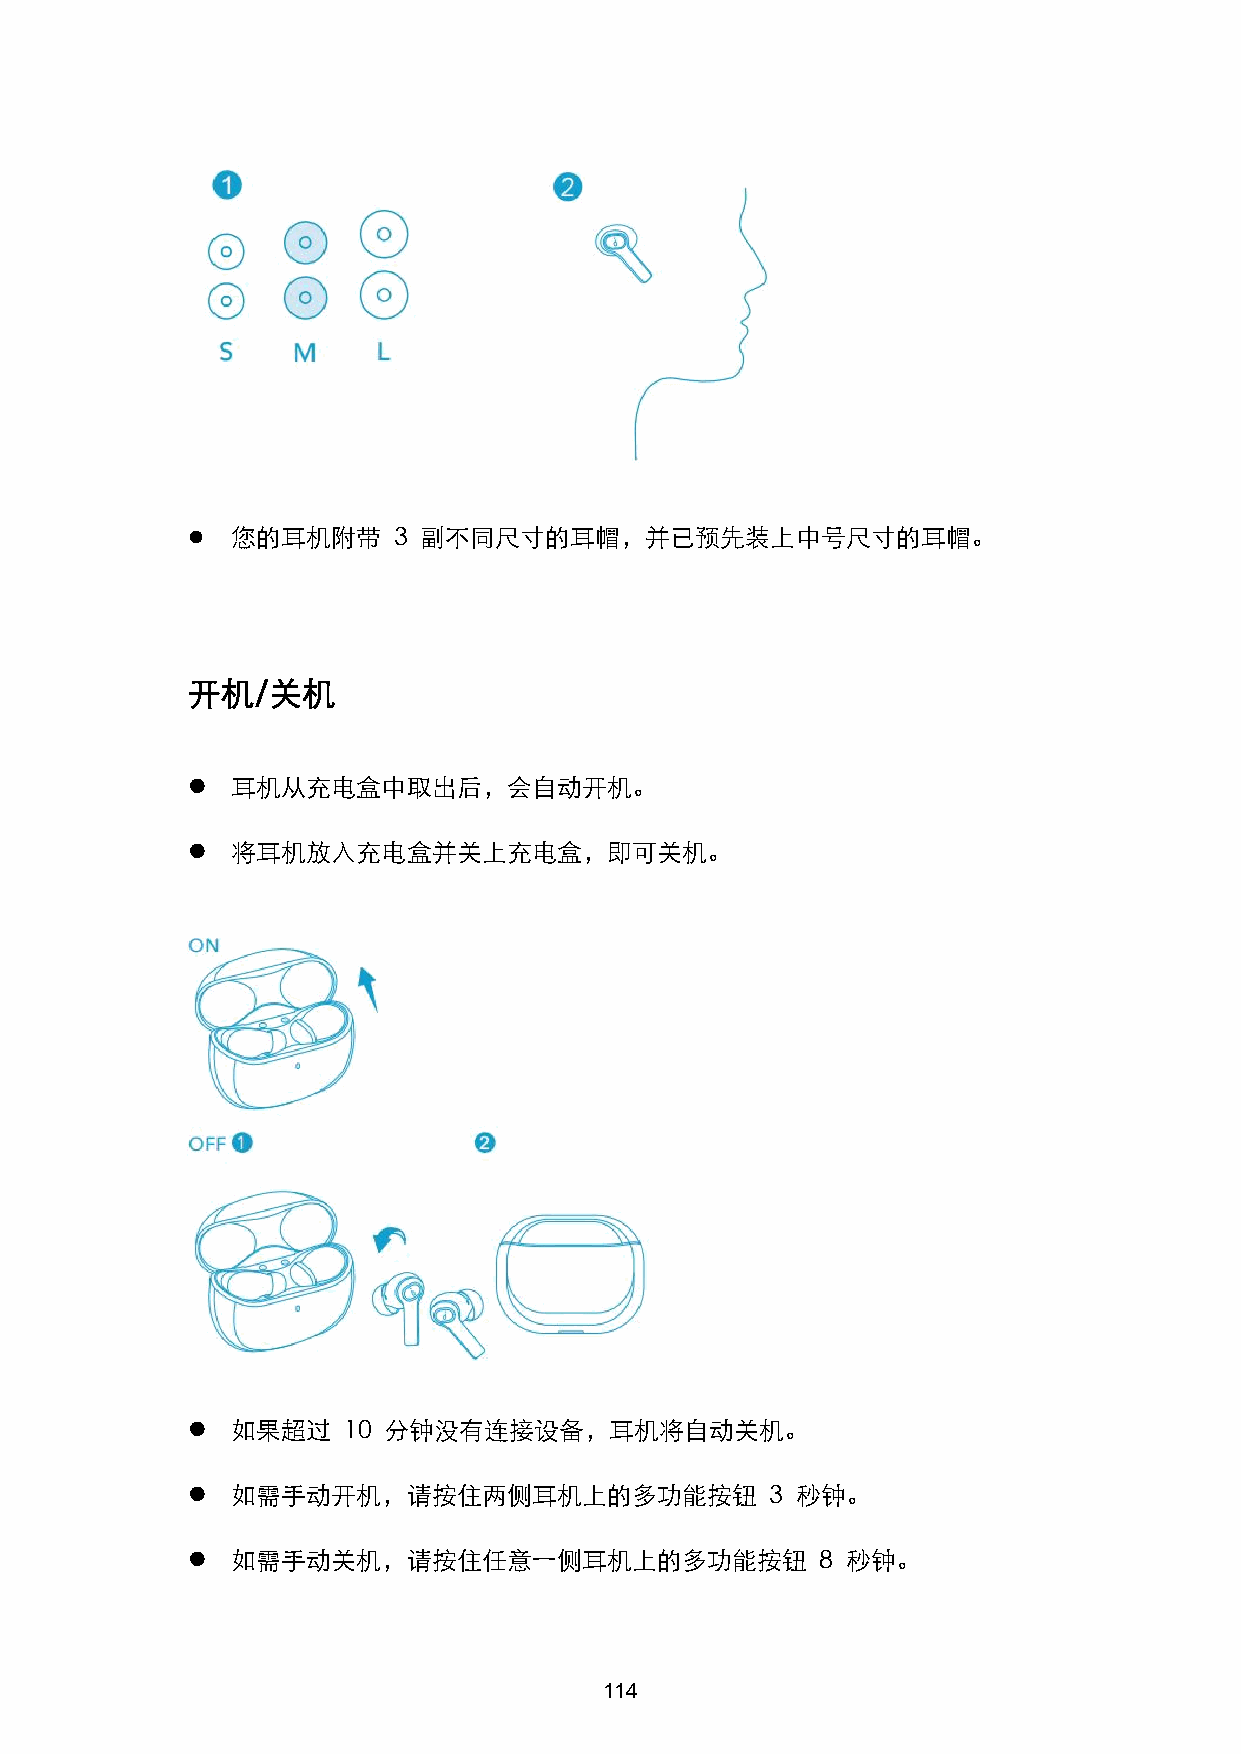
  您的耳机附带     3 副不同尺寸的耳帽，并已预先装上中号尺寸的耳帽。
 开机/关机
   耳机从充电盒中取出后，会自动开机。
   将耳机放入充电盒并关上充电盒，即可关机。
   如果超过    10 分钟没有连接设备，耳机将自动关机。
   如需手动开机，请按住两侧耳机上的多功能按钮               3 秒钟。
   如需手动关机，请按住任意一侧耳机上的多功能按钮                8 秒钟。
 114